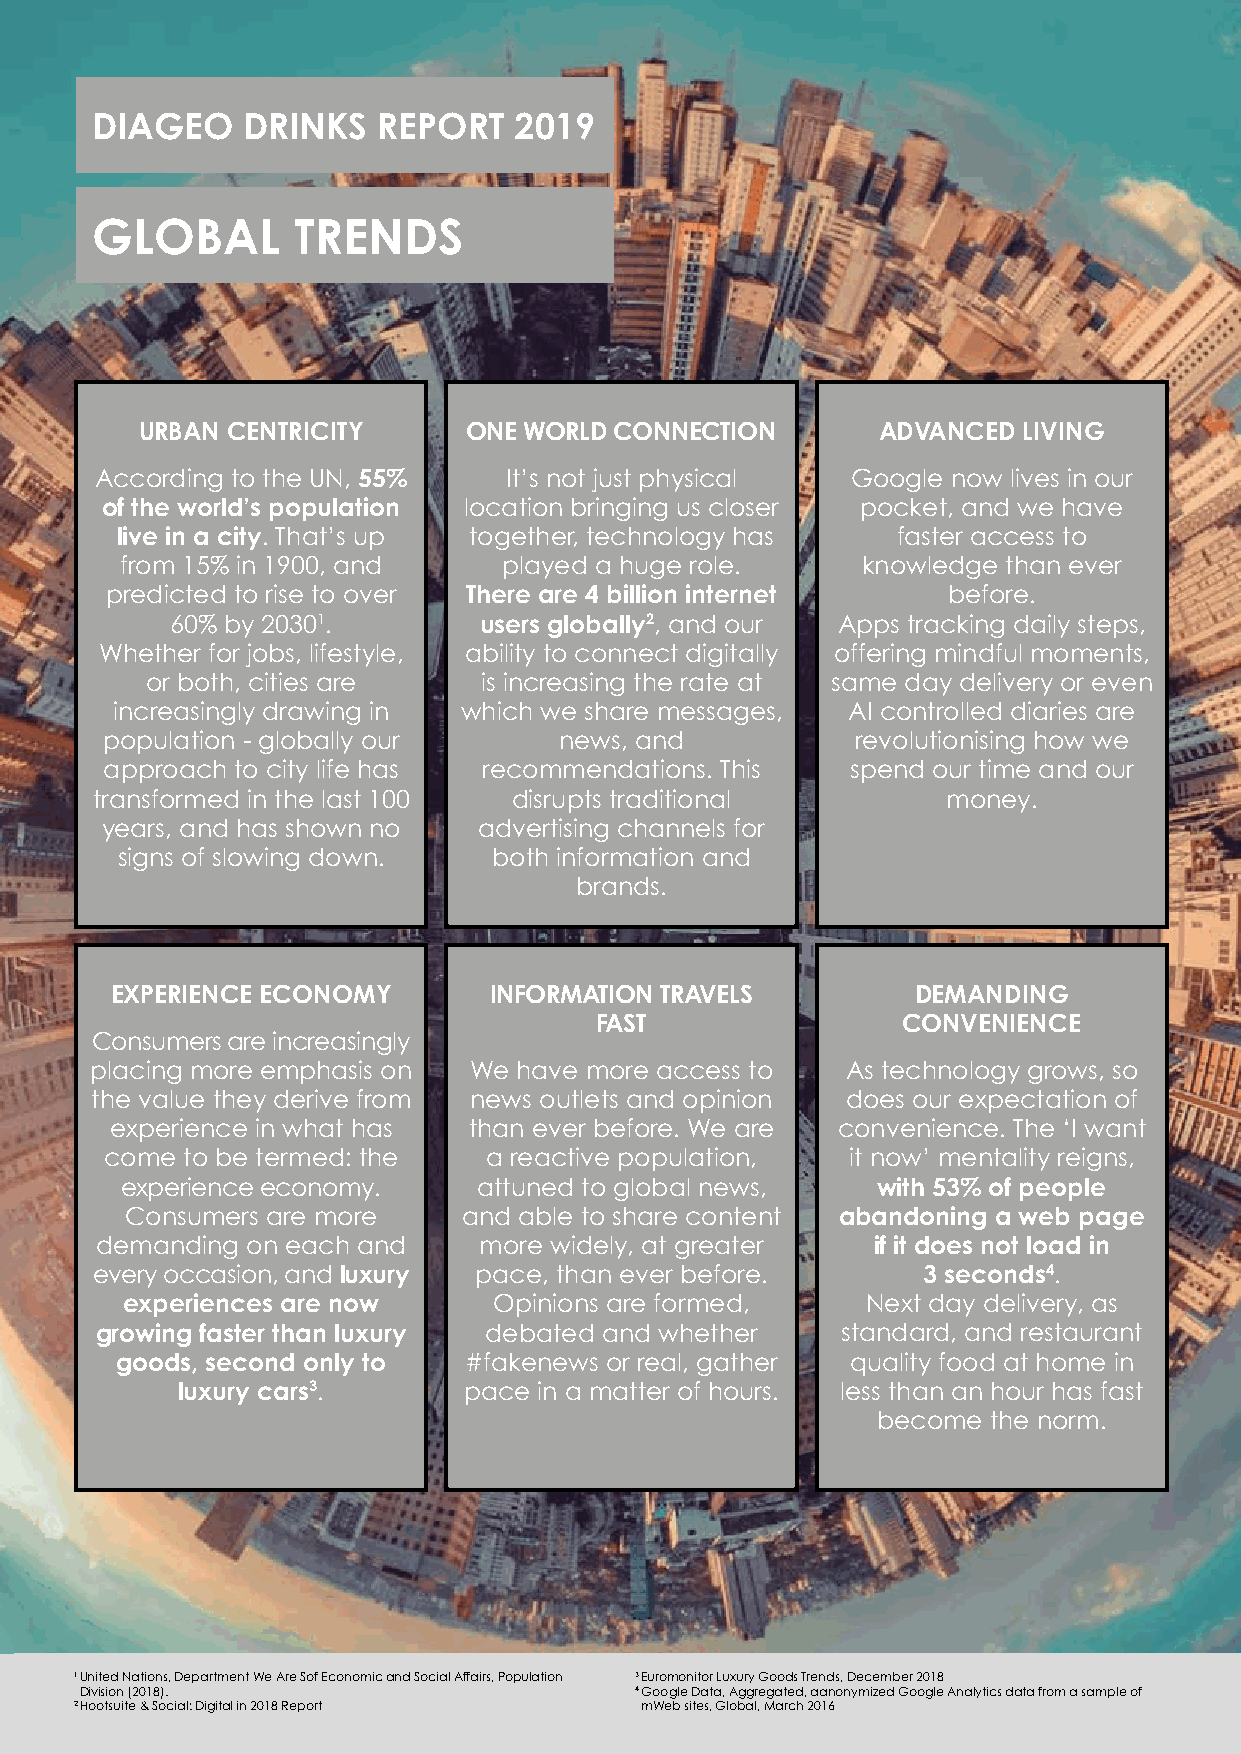
DIAGEO    DRINKS   REPORT   2019
 GLOBAL       TRENDS
 URBAN CENTRICITY      ONE WORLD CONNECTION       ADVANCED  LIVING
 According to the UN, 55%   It’s not just physical Google now lives in our
 of the world’s population location bringing us closer pocket, and we have
 live in a city. That’s up together, technology has faster access to
 from 15% in 1900, and    played a huge role.     knowledge than ever
 predicted to rise to over There are 4 billion internet  before.
 60% by 20301.        users globally2, and our Apps tracking daily steps,
 Whether for jobs, lifestyle, ability to connect digitally offering mindful moments,
 or both, cities are   is increasing the rate at same day delivery or even
 increasingly drawing in which we share messages, AI controlled diaries are
 population - globally our     news, and           revolutionising how we
 approach to city life has recommendations. This  spend our time and our
 transformed in the last 100 disrupts traditional         money.
 years, and has shown no  advertising channels for
 signs of slowing down.   both information and
 brands.
 EXPERIENCE ECONOMY       INFORMATION TRAVELS          DEMANDING
 FAST                 CONVENIENCE
 Consumers are increasingly
 placing more emphasis on We have more access to   As technology grows, so
 the value they derive from news outlets and opinion does our expectation of
 experience in what has  than ever before. We are convenience. The ‘I want
 come to be termed: the   a reactive population,  it now’ mentality reigns,
 experience economy.     attuned to global news,   with 53% of people
 Consumers are more     and able to share content abandoning a web page
 demanding on each and     more widely, at greater   if it does not load in
 every occasion, and luxury pace, than ever before.     3 seconds4.
 experiences are now      Opinions are formed,    Next day delivery, as
 growing faster than luxury debated and whether    standard, and restaurant
 goods, second only to  #fakenews or real, gather quality food at home in
 luxury cars3.      pace in a matter of hours. less than an hour has fast
 become the norm.
 1 U nited Nations, Department We Are Sof Economic and Social Affairs, Population 3 Euromonitor Luxury Goods Trends, December 2018
 Division (2018).                     4 G oogle Data, Aggregated, aanonymized Google Analytics data from a sample of
 2 Hootsuite & Social: Digital in 2018 Report mWeb sites, Global, March 2016